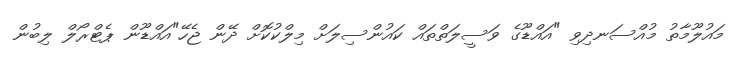
މައުލޫމާތު މުއްސަނދިވި "އައްޑޫގެ ވަސީލަތްތައް ކައުންސިލަށް މިލްކުކޮށް ދޭން ޖެހޭ"އައްޑޫން ޕެޓްރޯލް ލިބުން